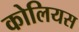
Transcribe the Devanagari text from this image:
कोलियस